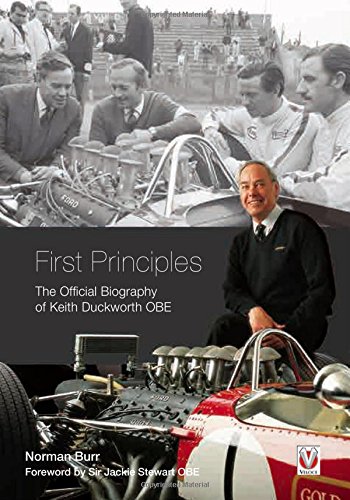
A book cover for First Principles: The Official Biography of Keith Duckworth OBE; Norman Burr; Engineering & Transportation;